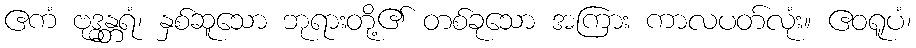
ဧကံ ဗုဒ္ဓန္တရံ၊ နှစ်ဆူသော ဘုရားတို့၏ တစ်ခုသော အကြား ကာလပတ်လုံး။ ဧဝရူပံ၊